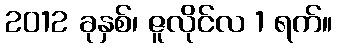
2012 ခုနှစ်၊ ဇူလိုင်လ 1 ရက်။